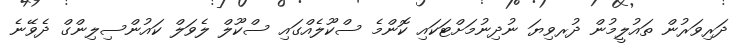
ދަރިވަރުން ތައުލީމުން ދުރވިޔަ ނުދިނުމަށްޓަކައި ކޮންމެ ސްކޫލެއްގައި ސްކޫލް ލެވަލް ކައުންސިލިންގް ދެވޭނެ